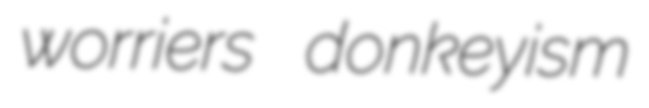
worriers donkeyism